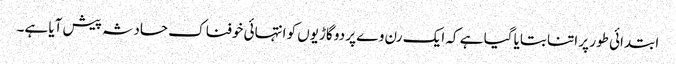
ابتدائی طور پر اتنا بتایا گیا ہے کہ ایک رن وے پر دو گاڑیوں کو انتہائی خوفناک حادثہ پیش آیا ہے۔